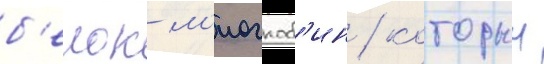
б'елок м'иоглоб'ин / которыи